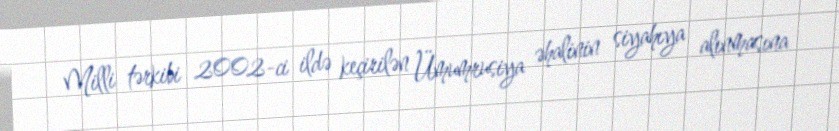
Milli tərkibi 2002-ci ildə keçirilən Ümumrusiya əhalinin siyahıya alınmasına